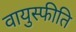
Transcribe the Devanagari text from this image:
वायुस्फीति